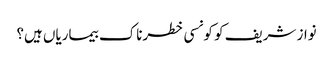
نواز شریف کو کونسی خطرناک بیماریاں ہیں؟